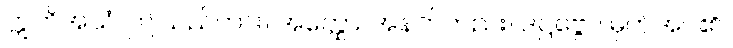
ဣတိအယံ၊ ဤသည်ကား။ အတ္ထော၊ အနက်တည်း။ ဒဋ္ဌဗ္ဗော၊ မှတ်အပ်၏။